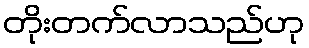
တိုးတက်လာသည်ဟု